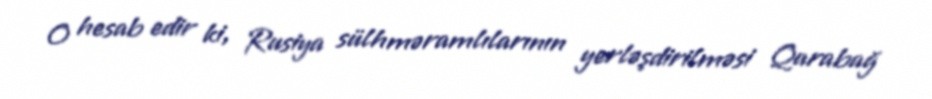
O hesab edir ki, Rusiya sülhməramlılarının yerləşdirilməsi Qarabağ